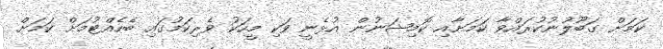
ކަމަށް ގަބޫލުނުކުރައްވާ ކަމަށާއި ކޮމިޝަނުން އުޅެނީ ވަކި މީހަކު ވެރިކަމުގައި ބެހެއްޓުމަށް ކަމަށް